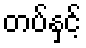
တပ်နှင့်